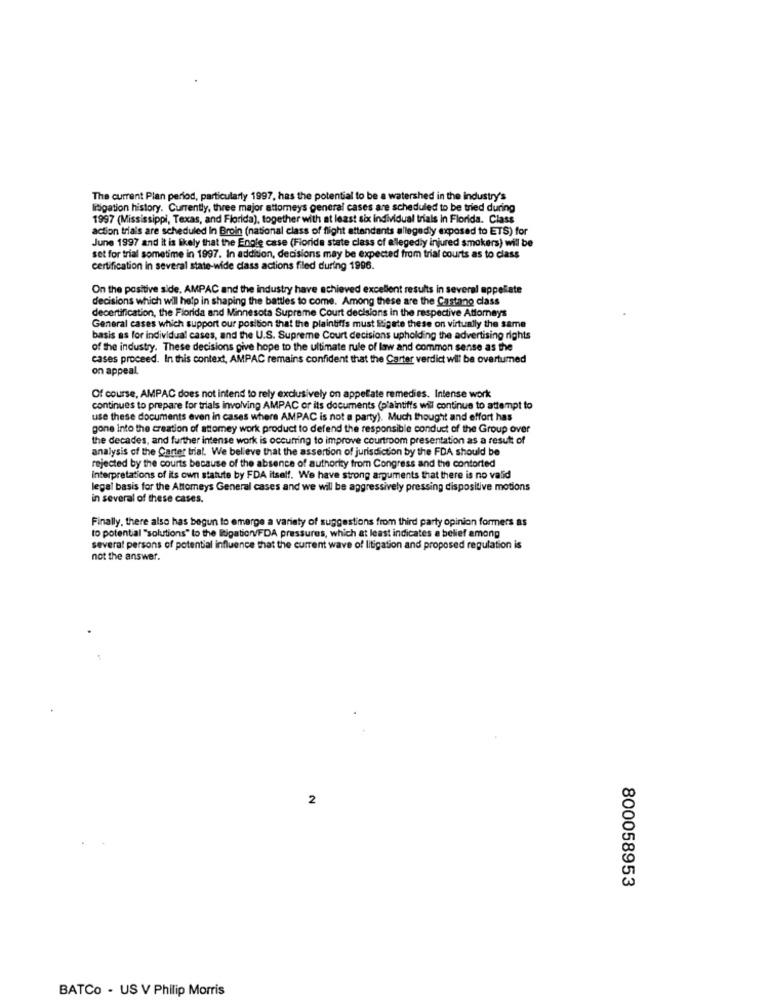
The current Plan period, particularly 1997, has the potential to be a watershed in the Industry's
litigation history. Currently, three major attorneys general cases are scheduled to be tried during
1997 (Mississippi, Texas, and Florida), together with at least six individual trials in Florida. Class
action trials are scheduled In Broin (national class of flight attendants allegedly exposed to ETS) for
June 1997 and it is likely that the Engle case (Florida state class of alegedly injured smokers) will be
set for trial sometime in 1997. In addition, decisions may be expected from trial courts as to class
certification in several state-wide class actions filed during 1996.
On the positive side, AMPAC and the industry have achieved excellent results in several appellate
decisions which will help in shaping the battles to come. Among these are the Castano class
decertification, the Florida and Minnesota Supreme Court decisions in the respective Attorneys
General cases which support our position that the plaintiffs must Rigate these on virtually the same
basis as for individual cases, and the U.S. Supreme Court decisions upholding the advertising rights
of the industry. These decisions give hope to the ultimate rule of law and common sense as the
cases proceed. In this context, AMPAC remains confident that the Carter verdict will be overtumed
on appeal.
Of course, AMPAC does not intend to rely exclusively on appelate remedies. Intense work
continues to prepare for trials involving AMPAC or its documents (plaintiffs will continue to attempt to
use these documents even in cases where AMPAC is not a party). Much thought and effort has
gone into the creation of attomey work product to defend the responsible conduct of the Group over
the decades, and further intense work is occurring to improve courtroom presentation as a result of
analysis of the Carter trial. We believe that the assertion of jurisdiction by the FDA should be
rejected by the courts because of the absence of authority from Congress and the contorted
Interpretations of its own statute by FDA itself. We have strong arguments that there is no valid
legal basis for the Attorneys General cases and we will be aggressively pressing dispositive motions
in several of these cases.
Finally, there also has begun to emerge a variety of suggestions from third party opinion formers as
to potential "solutions" to the litigationv/FDA pressures, which at least indicates a belief among
several persons of potential influence that the current wave of litigation and proposed regulation is
not the answer.
2
800058953
BATCo - US V Philip Morris